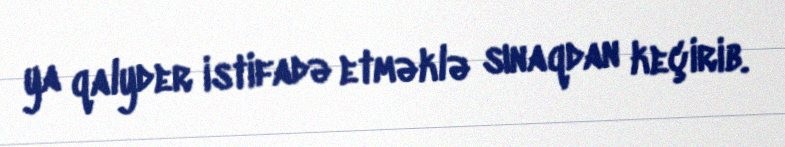
ya qalyder istifadə etməklə sınaqdan keçirib.